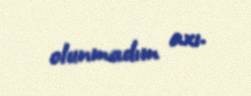
olunmadım axı.